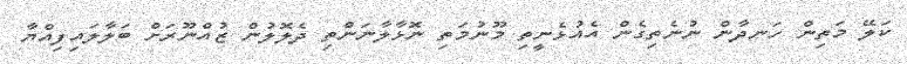
ކަލޭ މަތިން ހަނދާން ނުނެތިގެން އެއުޅެނީތި މޫނުމަތި ނޮޅާލާނަންތި ދެލޮލުން ޒުއްނޫރަށް ބަލާލައިފިއްޔާ